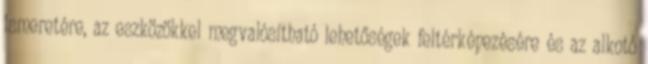
ismeretére, az eszközökkel megvalósítható lehetőségek feltérképezésére és az alkotó